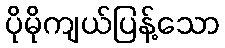
ပိုမိုကျယ်ပြန့်သော